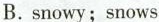
B.snowy;snows